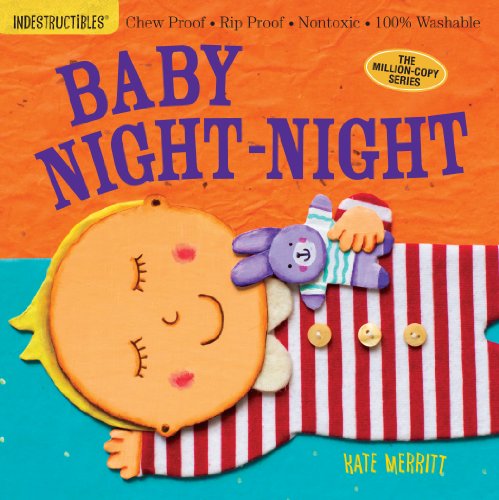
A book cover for Indestructibles: Baby Night-Night; Amy Pixton; Parenting & Relationships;